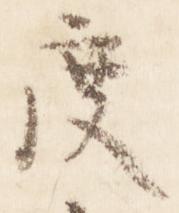
度